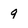
Character: 9